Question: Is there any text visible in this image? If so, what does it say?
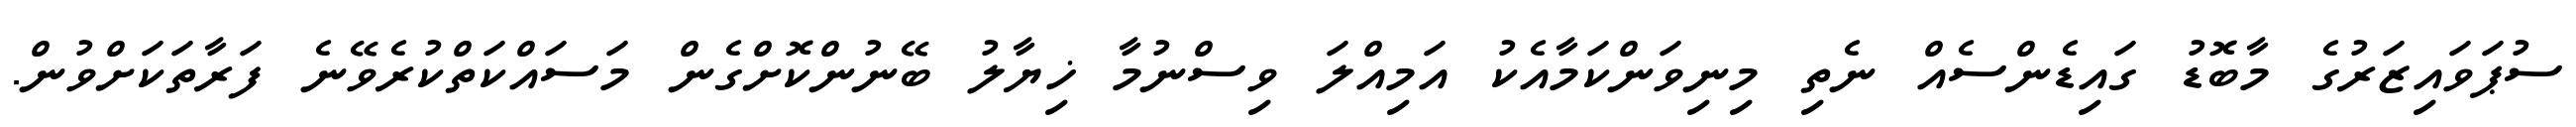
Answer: ސުޕަވައިޒަރުގެ މާބޮޑު ގައިޑެންސެއް ނެތި މިނިވަންކަމާއެކު އަމިއްލަ ވިސްނުމާ ޚިޔާލު ބޭނުންކޮށްގެން މަސައްކަތްކުރެވޭނެ ފަރާތަކަށްވުން.